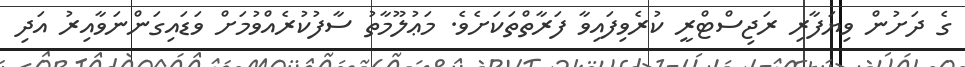
ގެ ދަށުން ވިޔަފާރި ރަޖިސްޓްރީ ކުރެވިފައިވާ ފަރާތްތަކަށެވެ. މަޢުލޫމާތު ސާފުކުރެއްވުމަށް ވަޑައިގަންނަވާއިރު އަދި